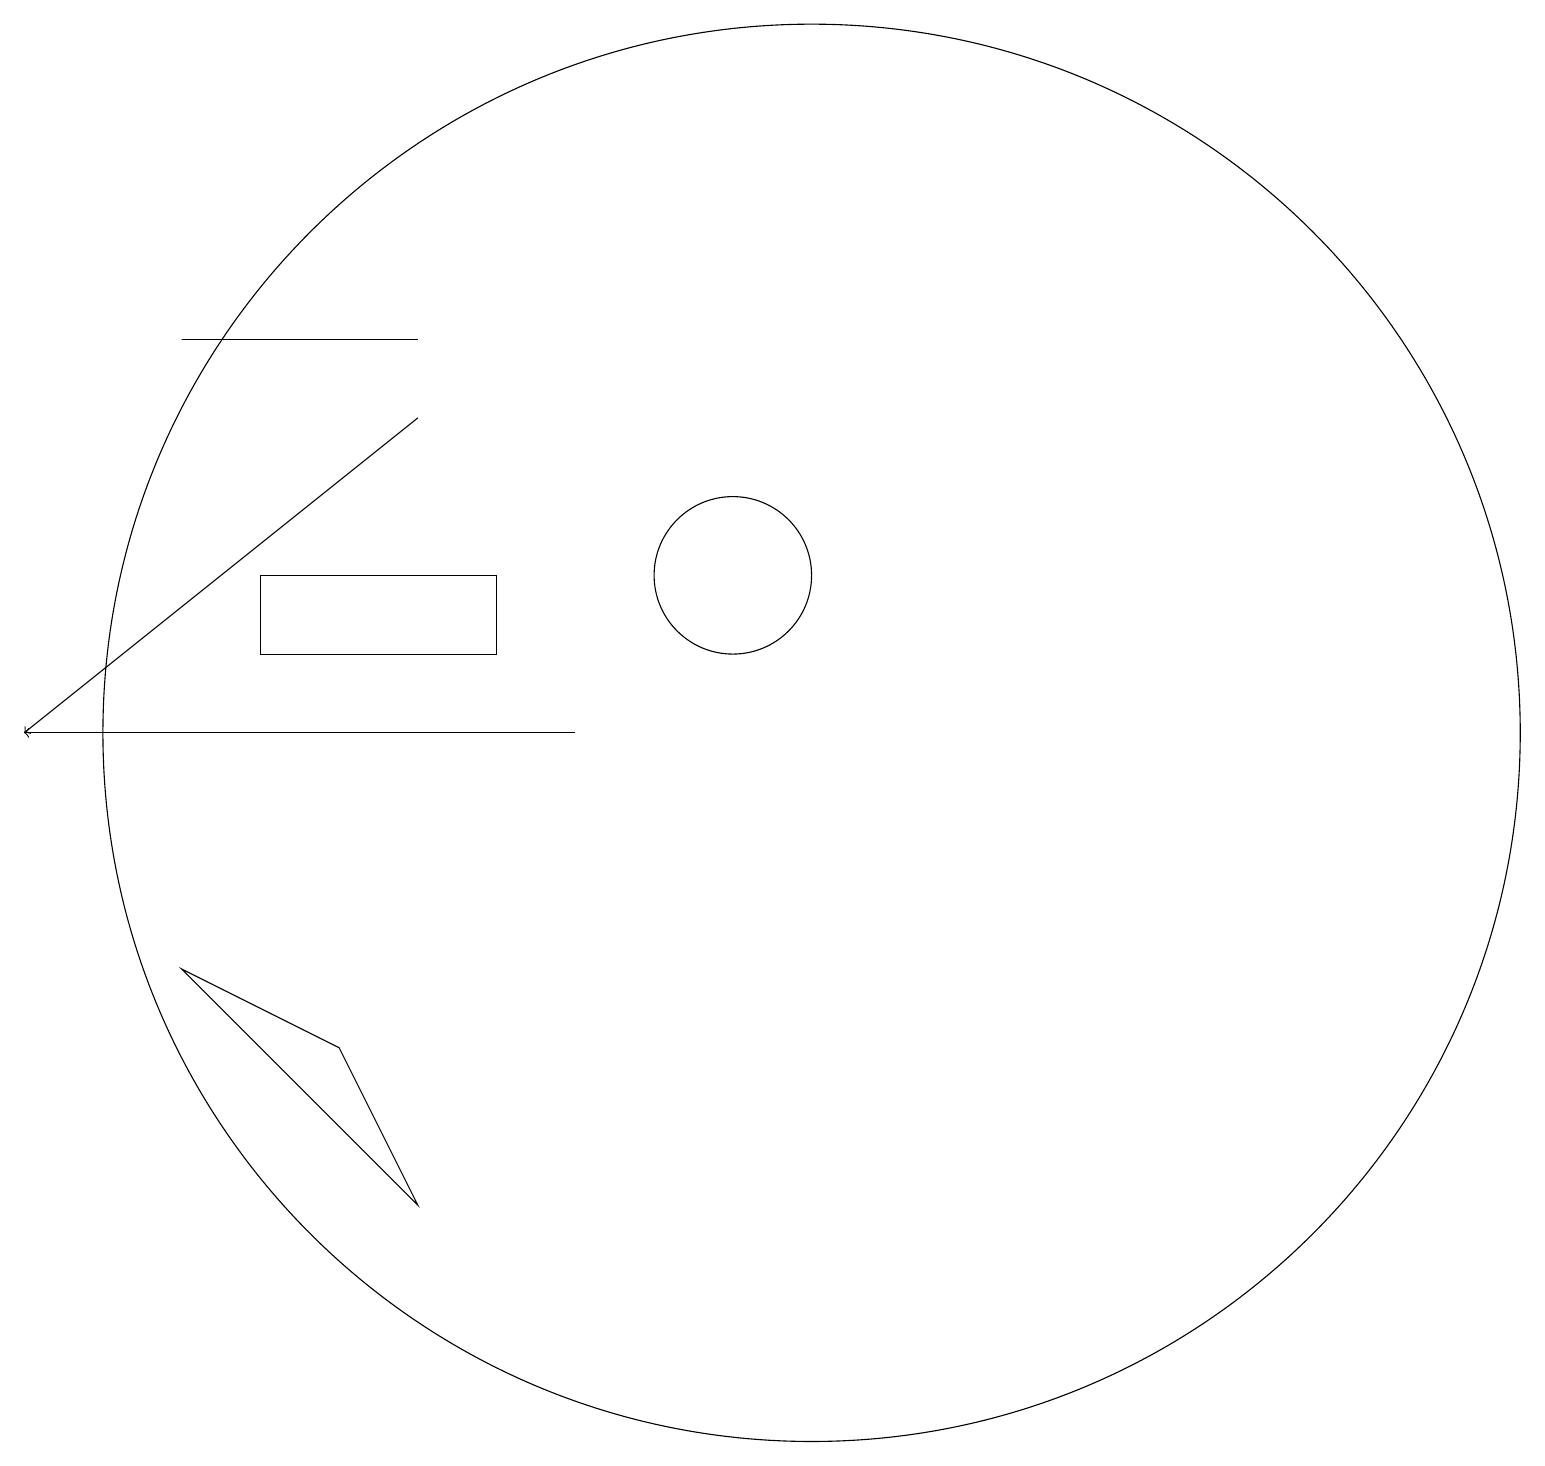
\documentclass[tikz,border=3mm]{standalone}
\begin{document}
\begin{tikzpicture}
\draw[->] (9,10) -- (2,10);
\draw[->] (7,14) -- (2,10);
\draw (7,15) rectangle (4,15);
\draw (4,7) -- (7,4) -- (6,6) -- cycle;
\draw (11,12) circle (1);
\draw (8,11) rectangle (5,12);
\draw (12,10) circle (9);
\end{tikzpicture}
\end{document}